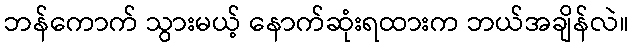
ဘန်ကောက် သွားမယ့် နောက်ဆုံးရထားက ဘယ်အချိန်လဲ။